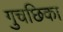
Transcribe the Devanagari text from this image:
गुचछिका